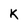
Character: K